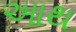
આથ